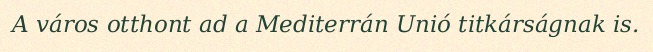
A város otthont ad a Mediterrán Unió titkárságnak is.